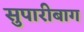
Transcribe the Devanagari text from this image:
सुपारीबाग